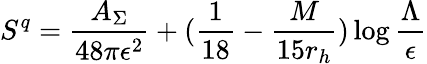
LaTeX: S^{q}={\frac{A_{\Sigma}}{48\pi\epsilon^{2}}}+({\frac{1}{18}}-{\frac{M}{15r_{h}}})\log{\frac{\Lambda}{\epsilon}}